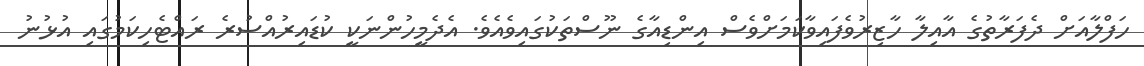
ހަފްލާއަށް ދެފަރާތުގެ އާއިލާ ހާޒިރުވެފައިވާކަމަށްވެސް އިންޑިއާގެ ނޫސްތަކުގައިވެއެވެ. އެދެމީހުންނަކީ ކުޑައިރުއްސުރެ ރައްޓެހިކަމުގައި އުޅުނު